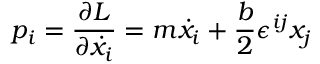
p _ { i } = { \frac { \partial L } { \partial \dot { x } _ { i } } } = m \dot { x } _ { i } + \frac { b } { 2 } \epsilon ^ { i j } x _ { j }